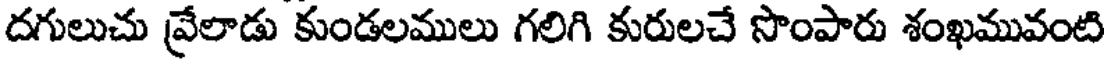
దగులుచు వ్రేలాడు కుండలములు గలిగి కురులచే సొంపారు శంఖమువంటి